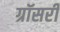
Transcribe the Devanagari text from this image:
ग्रॉसरी